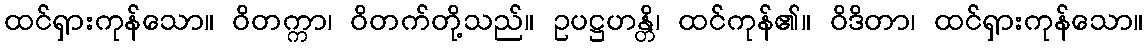
ထင်ရှားကုန်သော။ ဝိတက္ကာ၊ ဝိတက်တို့သည်။ ဥပဋ္ဌဟန္တိ၊ ထင်ကုန်၏။ ဝိဒိတာ၊ ထင်ရှားကုန်သော။